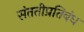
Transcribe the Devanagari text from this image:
संततीप्रतिबंध